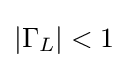
\left|\Gamma _{L}\right|<1